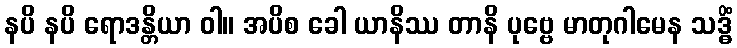
နပိ နပိ ရောဒန္တိယာ ဝါ။ အပိစ ခေါ ယာနိဿ တာနိ ပုဗ္ဗေ မာတုဂါမေန သဒ္ဓိံ